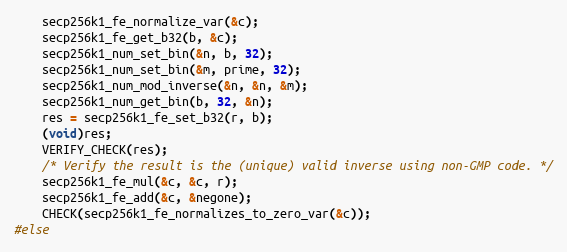
Language: C
    secp256k1_fe_normalize_var(&c);
    secp256k1_fe_get_b32(b, &c);
    secp256k1_num_set_bin(&n, b, 32);
    secp256k1_num_set_bin(&m, prime, 32);
    secp256k1_num_mod_inverse(&n, &n, &m);
    secp256k1_num_get_bin(b, 32, &n);
    res = secp256k1_fe_set_b32(r, b);
    (void)res;
    VERIFY_CHECK(res);
    /* Verify the result is the (unique) valid inverse using non-GMP code. */
    secp256k1_fe_mul(&c, &c, r);
    secp256k1_fe_add(&c, &negone);
    CHECK(secp256k1_fe_normalizes_to_zero_var(&c));
#else